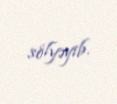
sölyəyib.